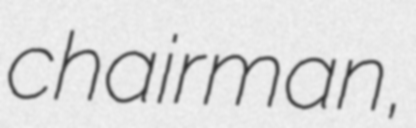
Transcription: chairman,